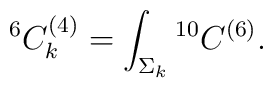
{}^{6}C^{(4)}_k=\int_{\Sigma_k}{}^{10}C^{(6)}.